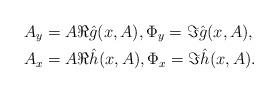
LaTeX: \begin{align*}&A_y = A\Re\hat g(x,A),\Phi_y = \Im\hat g(x,A), \\&A_x = A\Re\hat h(x,A),\Phi_x = \Im\hat h(x,A).\end{align*}